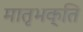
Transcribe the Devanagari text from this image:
मातृभक्ति